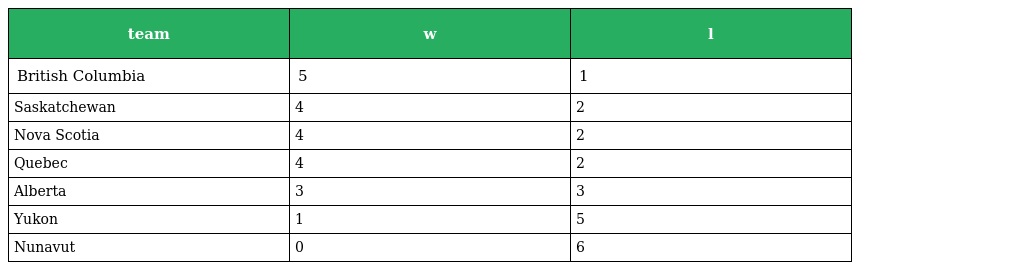
| team | w | l |
 | --- | --- | --- |
 | British Columbia | 5 | 1 |
 | Saskatchewan | 4 | 2 |
 | Nova Scotia | 4 | 2 |
 | Quebec | 4 | 2 |
 | Alberta | 3 | 3 |
 | Yukon | 1 | 5 |
 | Nunavut | 0 | 6 |